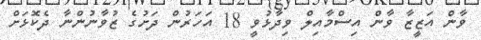
ވާން އަޒީޒާ ވާން އިސްމާއިލް ވިދާޅުވީ 18 އަހަރުން ދަށުގެ ޒުވާނުންނާ ދެކޮޅަށް